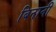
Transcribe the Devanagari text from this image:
बिनानी